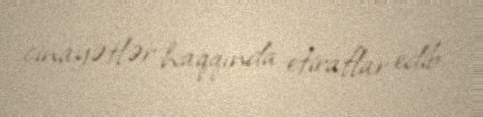
cinayətlər haqqında etiraflar edib.